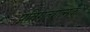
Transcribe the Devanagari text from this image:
प्रतिगत्यात्मक